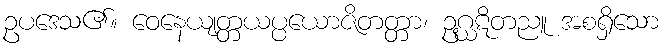
ဥပဒေသ၏။ ဝေနေယျတ္တယပ္ပယောဇိတတ္တာ၊ ဥဂ္ဃဋိတညူ အစရှိသော